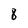
Character: 8